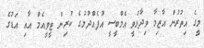
މީގެ އިތުރުން އާޒިމާ ވިދާޅުވީ އެމްބީސީ އުފެއްދުމުގެ ކުރިން ޓީވީއެމް އާއި އަޑުގެ